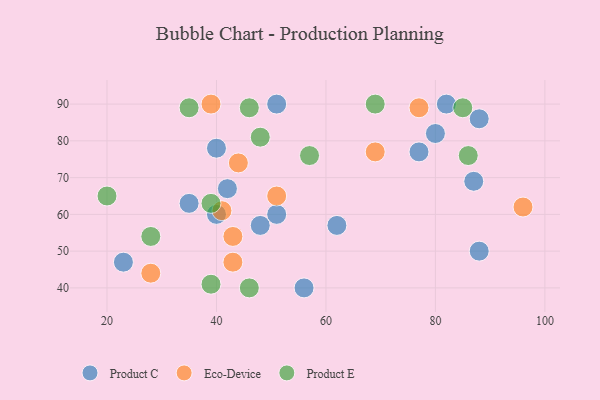
{"axis": {"x": "GDP", "y": "Life Expectancy"}, "legend": ["Eco-Device", "Product C", "Product E"], "data": [{"x": "48", "y": 57, "type": "Product C"}, {"x": "51", "y": 90, "type": "Product C"}, {"x": "56", "y": 40, "type": "Product C"}, {"x": "62", "y": 57, "type": "Product C"}, {"x": "77", "y": 77, "type": "Product C"}, {"x": "40", "y": 78, "type": "Product C"}, {"x": "87", "y": 69, "type": "Product C"}, {"x": "88", "y": 50, "type": "Product C"}, {"x": "80", "y": 82, "type": "Product C"}, {"x": "40", "y": 60, "type": "Product C"}, {"x": "35", "y": 63, "type": "Product C"}, {"x": "42", "y": 67, "type": "Product C"}, {"x": "82", "y": 90, "type": "Product C"}, {"x": "51", "y": 60, "type": "Product C"}, {"x": "88", "y": 86, "type": "Product C"}, {"x": "23", "y": 47, "type": "Product C"}, {"x": "69", "y": 77, "type": "Eco-Device"}, {"x": "43", "y": 47, "type": "Eco-Device"}, {"x": "51", "y": 65, "type": "Eco-Device"}, {"x": "44", "y": 74, "type": "Eco-Device"}, {"x": "39", "y": 90, "type": "Eco-Device"}, {"x": "77", "y": 89, "type": "Eco-Device"}, {"x": "28", "y": 44, "type": "Eco-Device"}, {"x": "96", "y": 62, "type": "Eco-Device"}, {"x": "43", "y": 54, "type": "Eco-Device"}, {"x": "41", "y": 61, "type": "Eco-Device"}, {"x": "46", "y": 40, "type": "Product E"}, {"x": "46", "y": 89, "type": "Product E"}, {"x": "39", "y": 63, "type": "Product E"}, {"x": "39", "y": 41, "type": "Product E"}, {"x": "48", "y": 81, "type": "Product E"}, {"x": "85", "y": 89, "type": "Product E"}, {"x": "28", "y": 54, "type": "Product E"}, {"x": "20", "y": 65, "type": "Product E"}, {"x": "69", "y": 90, "type": "Product E"}, {"x": "57", "y": 76, "type": "Product E"}, {"x": "86", "y": 76, "type": "Product E"}, {"x": "35", "y": 89, "type": "Product E"}]}